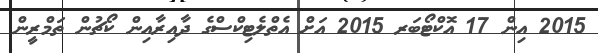
2015 އިން 17 އޮކްޓޯބަރ 2015 އަށް އެތްލެޓިކްސްގެ ދާއިރާއިން ކޯޗުން ތަމްރީން